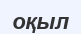
оқыл